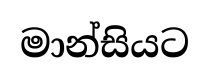
මාන්සියට